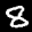
Label: 8